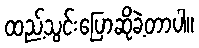
ထည့်သွင်းပြောဆိုခဲ့တာပါ။